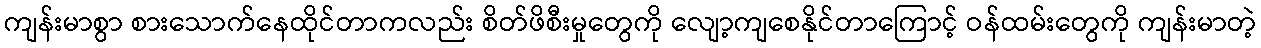
ကျန်းမာစွာ စားသောက်နေထိုင်တာကလည်း စိတ်ဖိစီးမှုတွေကို လျော့ကျစေနိုင်တာကြောင့် ဝန်ထမ်းတွေကို ကျန်းမာတဲ့